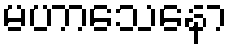
မဟာသေနော